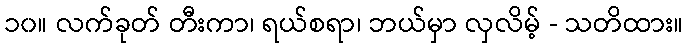
၁၀။ လက်ခုတ် တီးကာ၊ ရယ်စရာ၊ ဘယ်မှာ လှလိမ့် - သတိထား။